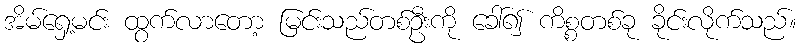
အိမ်ရှေ့မင်း ထွက်လာတော့ မြင်းသည်တစ်ဦးကို ခေါ်၍ ကိစ္စတစ်ခု ခိုင်းလိုက်သည်။